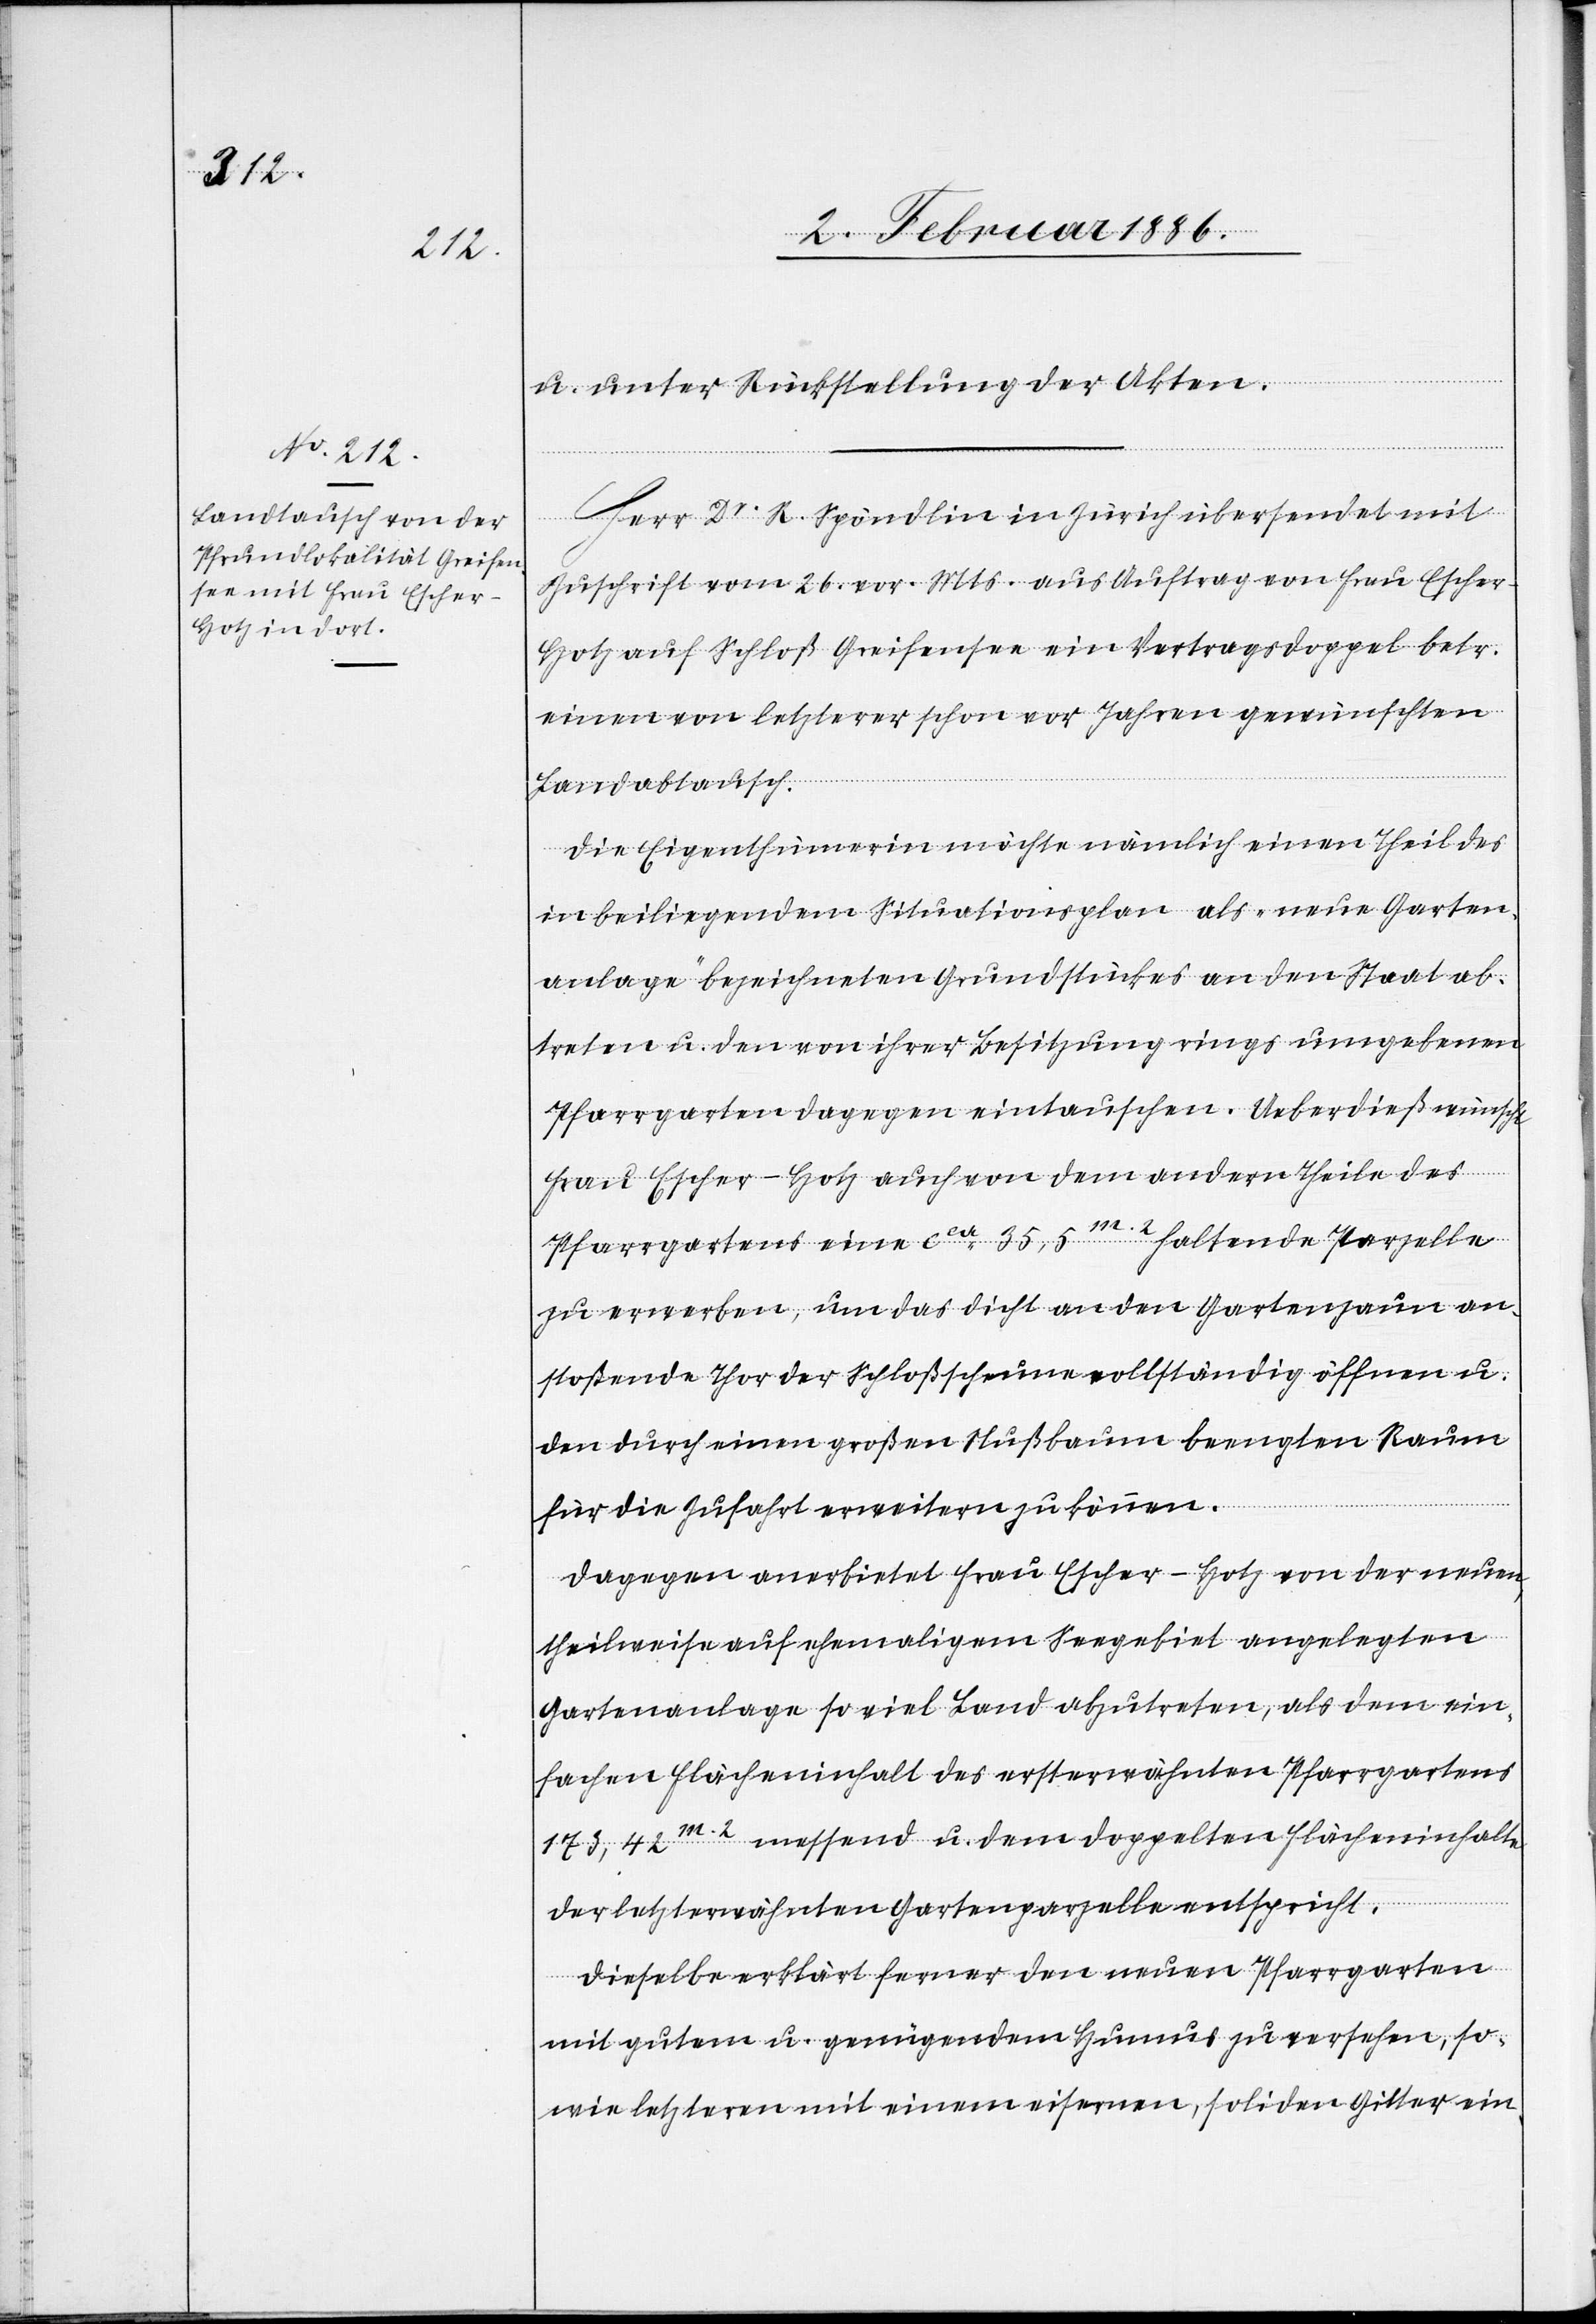
u. unter Rückstellung der Akten.
Herr Dr. R. Spöndlin in Zürich übersendet mit
Zuschrift vom 26. vor. Mts. aus Auftrag von Frau Escher-H¬
itz auf Schloß Greifensee ein Vertragsdoppel betr.
eines von letzterer schon vor Jahren gewünschten
Landabtauschs.
Die Eigenthümerin möchte nämlich einen Theil des
in beiliegendem Situationsplan als „neue Garten¬
anlage“ bezeichneten Grundstückes an den Staat ab¬
treten u. den von ihrer Besitzung rings umgebenen
Pfarrgarten dagegen eintauschen. Ueberdieß wünscht
Frau Escher-Hotz auch von dem andern Theile des
Pfarrgartens eine cca 35,5m.2 haltende Parzelle
zu erwerben, um das dicht an den Gartenzaun an¬
stoßende Thor der Schloßscheune vollständig öffnen u.
den durch einen großen Nußbaum beengten Raum
für die Zufahrt erweitern zu können.
Dagegen anerbietet Frau Escher-Hotz von der neuen,
theilweise auf ehemaligem Seegebiet angelegten
Gartenanlage so viel Land abzutreten, als dem ein¬
fachen Flächeninhalt des ersterwähnten Pfarrgartens
173,42m.2 messend u. dem doppelten Flächeninhalte
der letzterwähnten Gartenparzelle entspricht.
Dieselbe erklärt ferner den neuen Pfarrgarten
mit gutem u. genügendem Humus zu versehen, so¬
wie letztern mit einem eisernen, soliden Gitter ein-